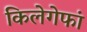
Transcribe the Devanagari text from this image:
किलेगेफां